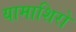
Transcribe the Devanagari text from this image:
यामाशिरो